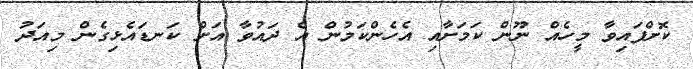
ކޮށްފައިވާ މީހެއް ނޫން ކަމަށާއި އެހެންކަމުން އެ ދައުވާ އަށް ކަނޑައެޅިގެން މިއަދު